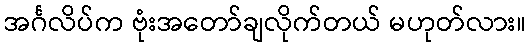
အင်္ဂလိပ်က ဗုံးအတော်ချလိုက်တယ် မဟုတ်လား။